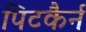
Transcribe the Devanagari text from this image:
पिटकैर्न